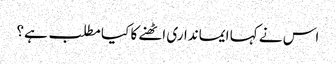
اس نے کہا ایمانداری اٹھنے کا کیا مطلب ہے؟